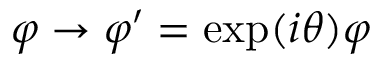
\varphi \to \varphi ^ { \prime } = \exp ( i \theta ) \varphi